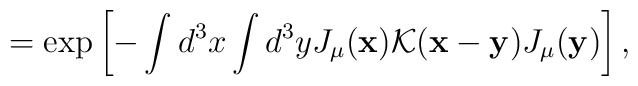
=\exp\left[-\int d^3x\int d^3yJ_\mu({\bf x}){\cal K}({\bf x}-{\bf y})J_\mu({\bf y})\right],